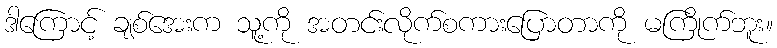
ဒါကြောင့် ချစ်အေးက သူ့ကို အတင်းလိုက်စကားပြောတာကို မကြိုက်ဘူး။